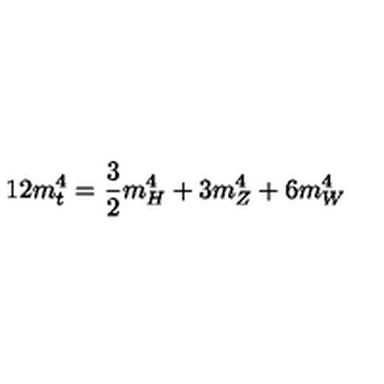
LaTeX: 1 2 m _ { t } ^ { 4 } = \frac { 3 } { 2 } m _ { H } ^ { 4 } + 3 m _ { Z } ^ { 4 } + 6 m _ { W } ^ { 4 }